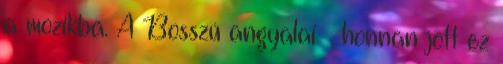
a mozikba. A Bosszú angyalai – honnan jött ez